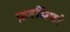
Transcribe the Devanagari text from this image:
फ़हमियां